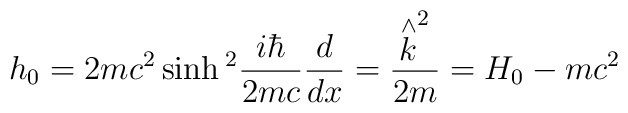
h_0=2mc^2\sinh {}^2\frac{i\hbar}{2mc}\frac d{dx}=\frac{\stackrel{\wedge }{k}^2}{2m}=H_0-mc^2